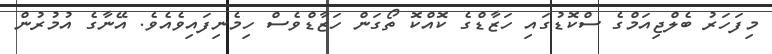
މިފަހަރު ބެލްޖިއަމްގެ ސްކޮޑުގައި ހަޒާޑްގެ ކޮއްކޮ ތޯގަން ހަޒާޑްވެސް ހިމެނިފައިވެއެވެ. އޭނާގެ އުމުރުން